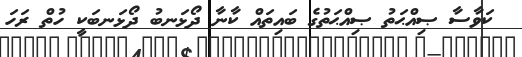
ކަވާސާ ޞިއްޙަތު ޞިއްޙަތުގެ ބައިތައް ކާނާ ދޯޅަނބު ދޯޅަނބަކީ ހުތް ރަހަ